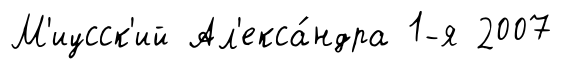
М'иусск'ий Ал'екса́ндра 1-я 2007